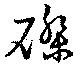
磔